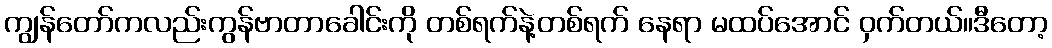
ကျွန်တော်ကလည်းကွန်ဗာတာခေါင်းကို တစ်ရက်နဲ့တစ်ရက် နေရာ မထပ်အောင် ဝှက်တယ်။ဒီတော့